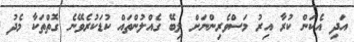
އަދި އެކަން ކުރާ އިރު މަސްވެރިންނަށް ލިބޭ ގެއްލުންތައް ކުޑަކުރެވޭނެ ގޮތްތަކާ މެދު